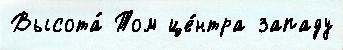
Высота́ Том це́нтра западу